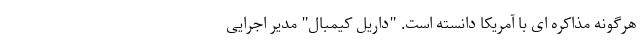
هرگونه مذاکره ای با آمریکا دانسته است. "داریل کیمبال" مدیر اجرایی